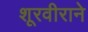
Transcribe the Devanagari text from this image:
शूरवीराने